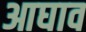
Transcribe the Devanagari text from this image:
आघाव